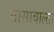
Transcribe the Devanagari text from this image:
तासावाल्ता